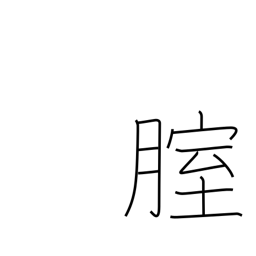
Meaning: vagina